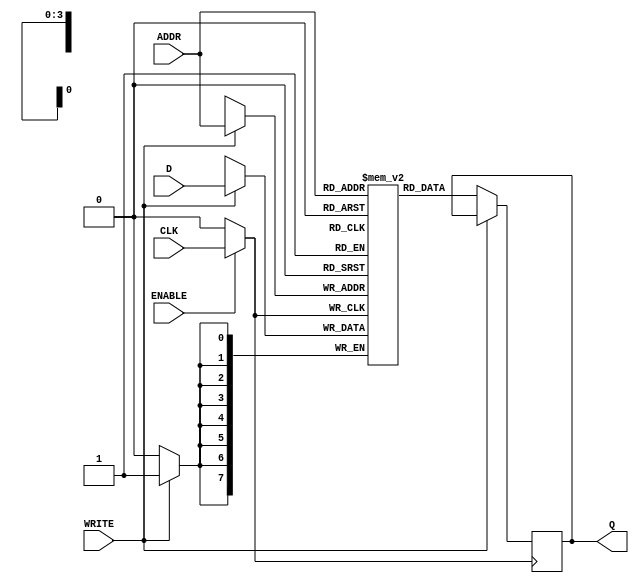
module ClockGatedMemory (
    input wire CLK,          // Main clock signal
    input wire ENABLE,       // Gating control signal
    input wire [7:0] D,      // Data input
    input wire WRITE,        // Write enable signal
    input wire [3:0] ADDR,   // Address input
    output reg [7:0] Q       // Data output
);

    // Gated clock signal
    wire GCLK;

    // Clock gating logic
    assign GCLK = ENABLE ? CLK : 1'b0;

    // Memory storage (example: 16x8 bits)
    reg [7:0] memory [0:15];

    // Sequential logic for memory operations
    always @(posedge GCLK) begin
        if (WRITE) begin
            // Write operation
            memory[ADDR] <= D;
        end
        else begin
            // Read operation
            Q <= memory[ADDR];
        end
    end

endmodule